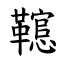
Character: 䪀